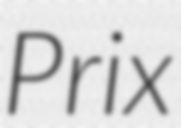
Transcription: Prix